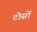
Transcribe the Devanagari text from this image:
टोर्सो